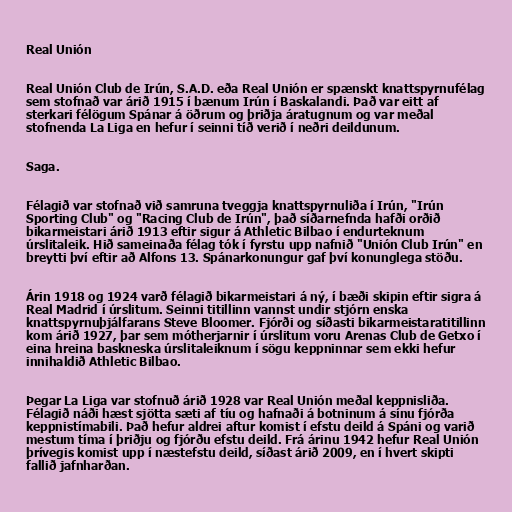
Real Unión

Real Unión Club de Irún, S.A.D. eða Real Unión er spænskt knattspyrnufélag
sem stofnað var árið 1915 í bænum Irún í Baskalandi. Það var eitt af
sterkari félögum Spánar á öðrum og þriðja áratugnum og var meðal
stofnenda La Liga en hefur í seinni tíð verið í neðri deildunum.

Saga.

Félagið var stofnað við samruna tveggja knattspyrnuliða í Irún, "Irún
Sporting Club" og "Racing Club de Irún", það síðarnefnda hafði orðið
bikarmeistari árið 1913 eftir sigur á Athletic Bilbao í endurteknum
úrslitaleik. Hið sameinaða félag tók í fyrstu upp nafnið "Unión Club Irún" en
breytti því eftir að Alfons 13. Spánarkonungur gaf því konunglega stöðu.

Árin 1918 og 1924 varð félagið bikarmeistari á ný, í bæði skipin eftir sigra á
Real Madrid í úrslitum. Seinni titillinn vannst undir stjórn enska
knattspyrnuþjálfarans Steve Bloomer. Fjórði og síðasti bikarmeistaratitillinn
kom árið 1927, þar sem mótherjarnir í úrslitum voru Arenas Club de Getxo í
eina hreina baskneska úrslitaleiknum í sögu keppninnar sem ekki hefur
innihaldið Athletic Bilbao.

Þegar La Liga var stofnuð árið 1928 var Real Unión meðal keppnisliða.
Félagið náði hæst sjötta sæti af tíu og hafnaði á botninum á sínu fjórða
keppnistímabili. Það hefur aldrei aftur komist í efstu deild á Spáni og varið
mestum tíma í þriðju og fjórðu efstu deild. Frá árinu 1942 hefur Real Unión
þrívegis komist upp í næstefstu deild, síðast árið 2009, en í hvert skipti
fallið jafnharðan.